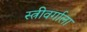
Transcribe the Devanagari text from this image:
स्त्रीवर्गाला